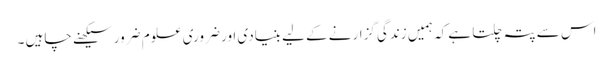
اس سے پتہ چلتا ہے کہ ہمیں زندگی گزارنے کے لیے بنیادی اور ضروری علوم ضرور سیکھنے چاہیں ۔